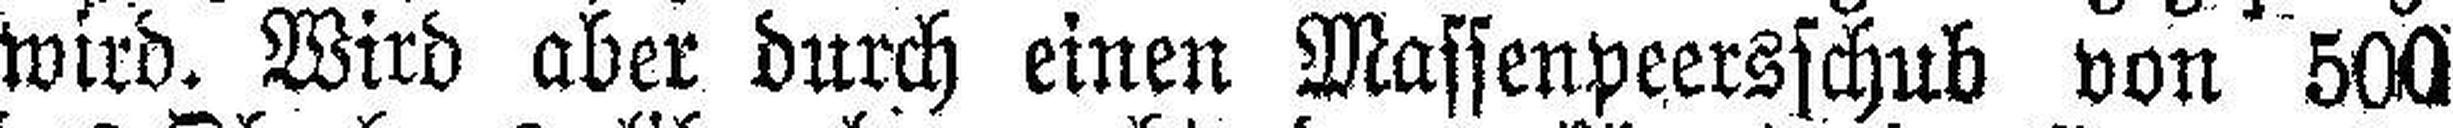
wird. Wird aber durch einen Massenpeersschub von 500